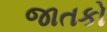
જાતકો